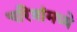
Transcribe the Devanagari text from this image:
चरित्रांमध्ये